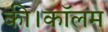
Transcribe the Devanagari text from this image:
की।कॉलम